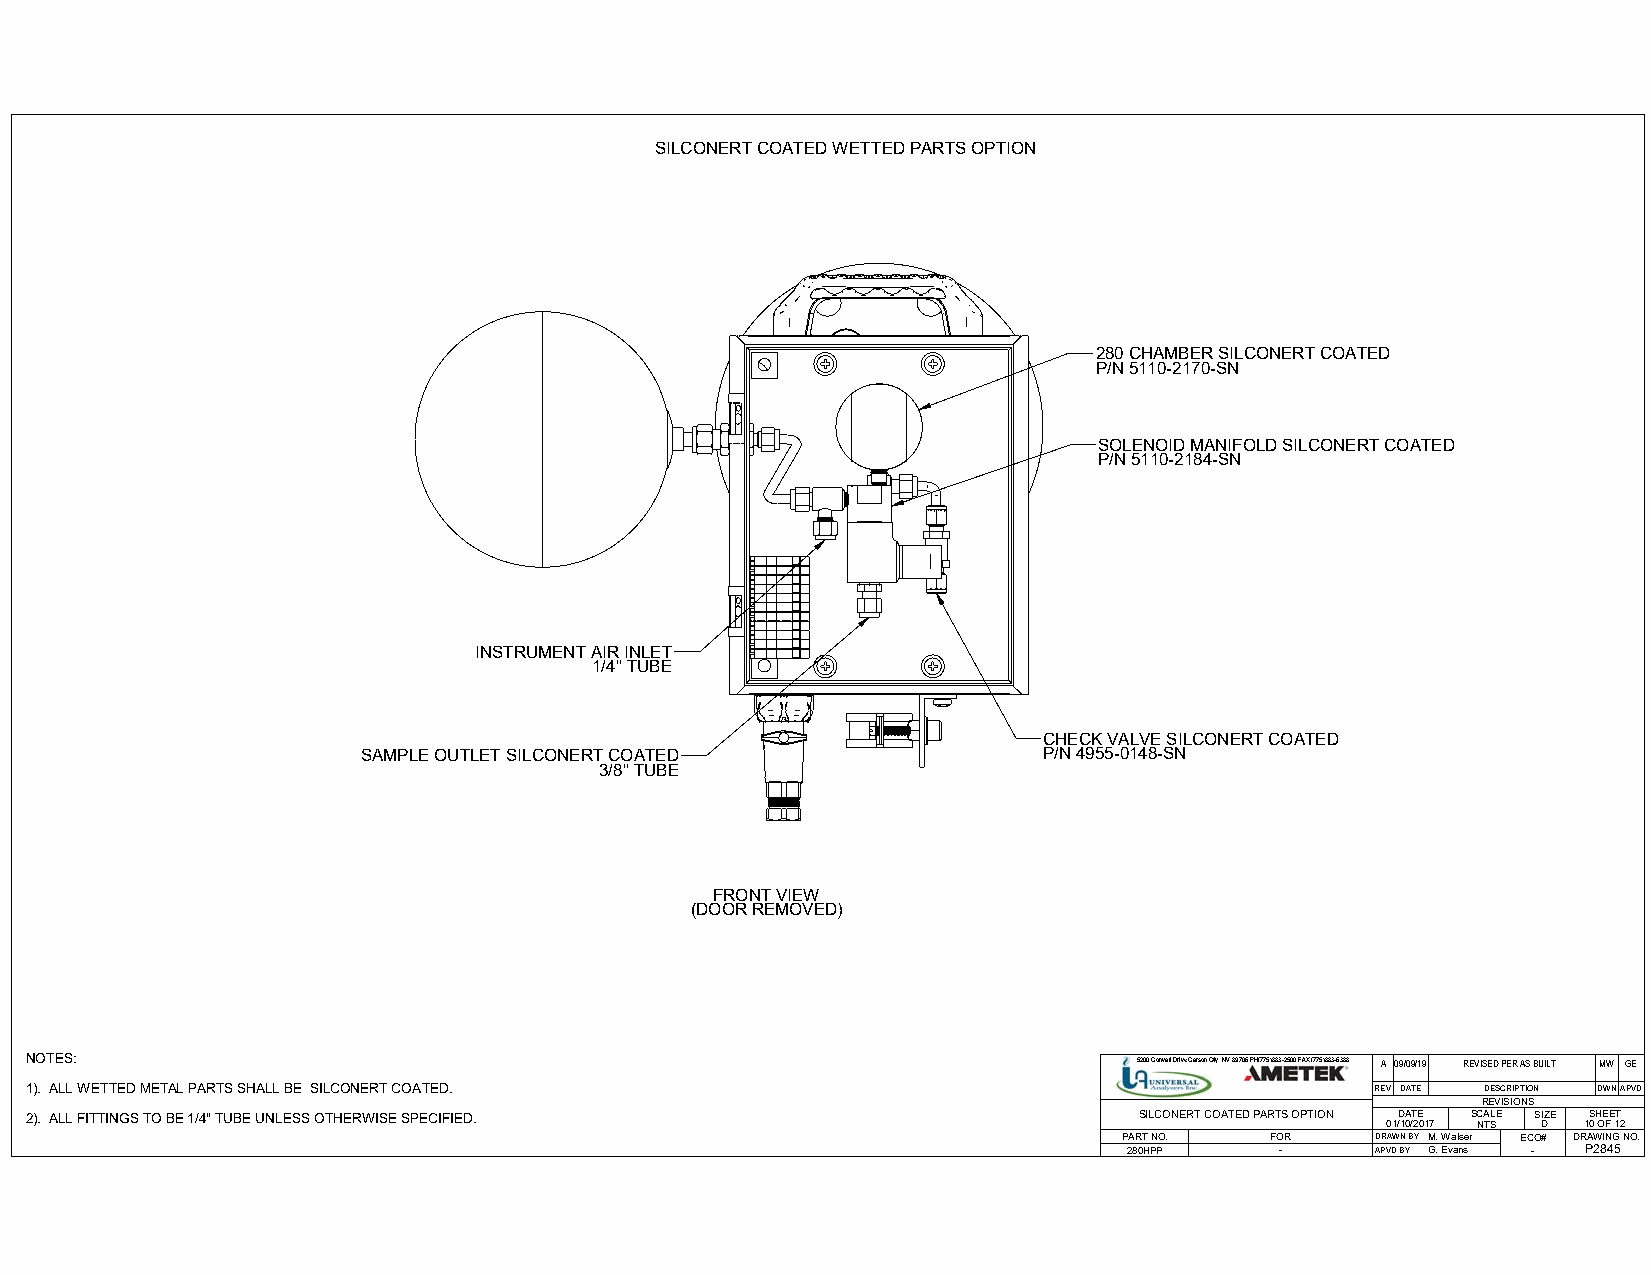
SILCONERT COATED WETTED PARTS OPTION
 280 CHAMBER SILCONERT COATED
 P/N 5110-2170-SN
 SOLENOID MANIFOLD SILCONERT COATED
 P/N 5110-2184-SN
 INSTRUMENT AIR INLET
 1/4" TUBE
 CHECK VALVE SILCONERT COATED
 SAMPLE OUTLET SILCONERT COATED               P/N 4955-0148-SN
 3/8" TUBE
 FRONT VIEW
 (DOOR REMOVED)
 NOTES:                                                                   5200 Convair Drive Carson City, NV 89706 PH(775)883-2500 FAX (775)883-6388 A 09/09/19 REVISED PER AS BUILT MW GE
 1). ALL WETTED METAL PARTS SHALL BE SILCONERT COATED.                                    REV DATE DESCRIPTION DWNAPVD
 REVISIONS
 2). ALL FITTINGS TO BE 1/4" TUBE UNLESS OTHERWISE SPECIFIED.             SILCONERT COATED PARTS OPTION DATE SCALE SIZE SHEET
 01/10/2017 NTS D 10 OF 12
 PART NO.  FOR    DRAWN BY M. Walser ECO# DRAWING NO.
 280HPP    -     APVD BY G. Evans - P2845